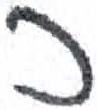
אות: כ